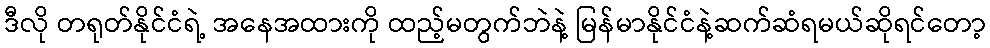
ဒီလို တရုတ်နိုင်ငံရဲ့ အနေအထားကို ထည့်မတွက်ဘဲနဲ့ မြန်မာနိုင်ငံနဲ့ဆက်ဆံရမယ်ဆိုရင်တော့